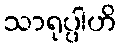
သာရုပ္ပါဟိ